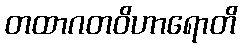
တထာဂတဝိဟာရောတိ